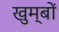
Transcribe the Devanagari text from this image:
खुम्बों